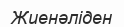
Жиенәліден